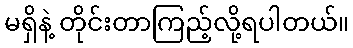
မရှိနဲ့ တိုင်းတာကြည့်လို့ရပါတယ်။